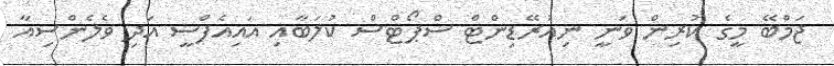
ޖަމްބޭ މީގެ ކުރިން ވަނީ ނިއުރޭޑިންޓް ސްޕޯޓްސް ކުލަބާއި އައިއެފްސީ އަދި ވެލެންސިއާ